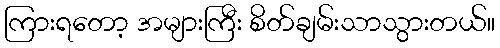
ကြားရတော့ အများကြီး စိတ်ချမ်းသာသွားတယ်။